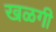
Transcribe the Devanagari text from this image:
खळगी